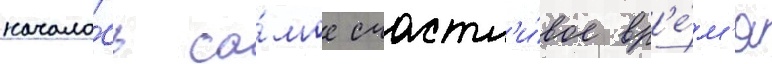
начало́сь са́мое счастл'и́вое вр'е́м'я